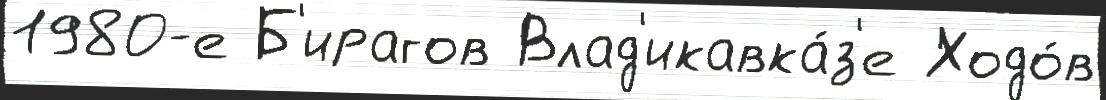
1980-е Б'ирагов Влад'икавка́з'е Ходо́в